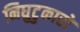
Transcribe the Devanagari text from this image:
निघुटुकारों